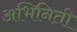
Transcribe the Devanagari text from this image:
अभिनिती